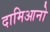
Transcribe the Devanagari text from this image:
दामिआनो